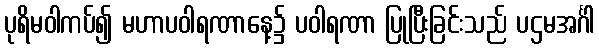
ပုရိမဝါကပ်၍ မဟာပဝါရဏာနေ့၌ ပဝါရဏာ ပြုပြီးခြင်းသည် ပဌမအင်္ဂါ